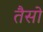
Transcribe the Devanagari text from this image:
तैसो